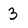
Character: 3